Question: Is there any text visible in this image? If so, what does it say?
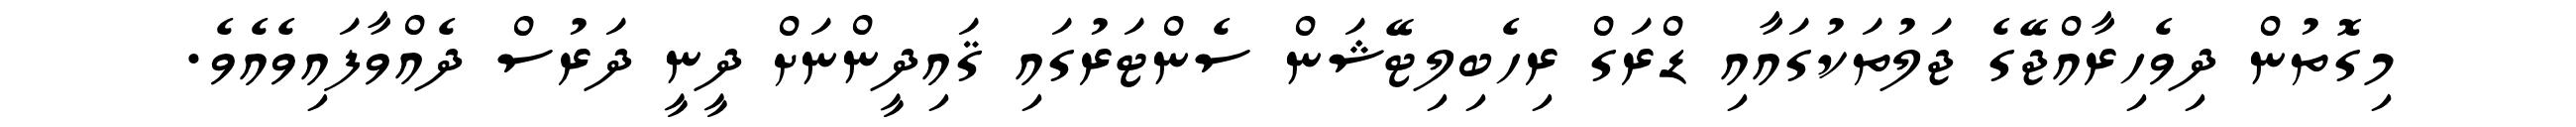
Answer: މިގޮތުން ދިވެހިރާއްޖޭގެ ޖަލުތަކުގައާއި ޑްރަގް ރިހެބިލިޓޭޝަން ސެންޓަރުގައި ޤައިދީންނަށް ދީނީ ދަރުސް ދެއްވާފައިވެއެވެ.